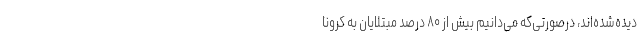
دیده‌شده‌اند، درصورتی‌که می‌دانیم بیش از ۸۰ درصد مبتلایان به کرونا